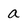
Character: a